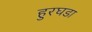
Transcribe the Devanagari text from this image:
हुरघडा